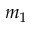
m _ { 1 }